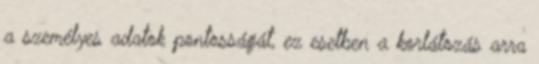
a személyes adatok pontosságát, ez esetben a korlátozás arra